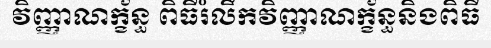
វិញ្ញាណក្ខ័ន្ធ ពិធីរំលឹកវិញ្ញាណក្ខ័ន្ធនិងពិធី